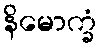
နိမောက္ခံ